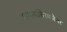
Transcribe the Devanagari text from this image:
फाल्सचिरमजैगर